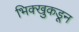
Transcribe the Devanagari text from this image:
भिक्खुकडून